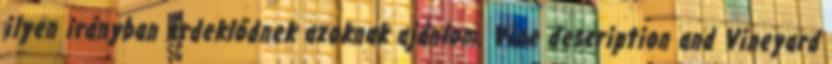
ilyen irányban érdeklődnek azoknak ajánlom. Vine description and Vineyard